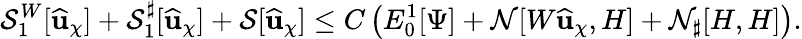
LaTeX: \mathcal{S}_{1}^{W}[\widehat{\mathbf{u}}_{\chi}]+{\mathcal{S}_{1}^{\sharp}}[\widehat{\mathbf{u}}_{\chi}]+\mathcal{S}[\widehat{\mathbf{u}}_{\chi}]\leq C\left(E_{0}^{1}[\Psi]+\mathcal{N}[W\widehat{\mathbf{u}}_{\chi},H]+\mathcal{N}_{\sharp}[H,H]\right).